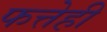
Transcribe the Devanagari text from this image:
फत्तेही